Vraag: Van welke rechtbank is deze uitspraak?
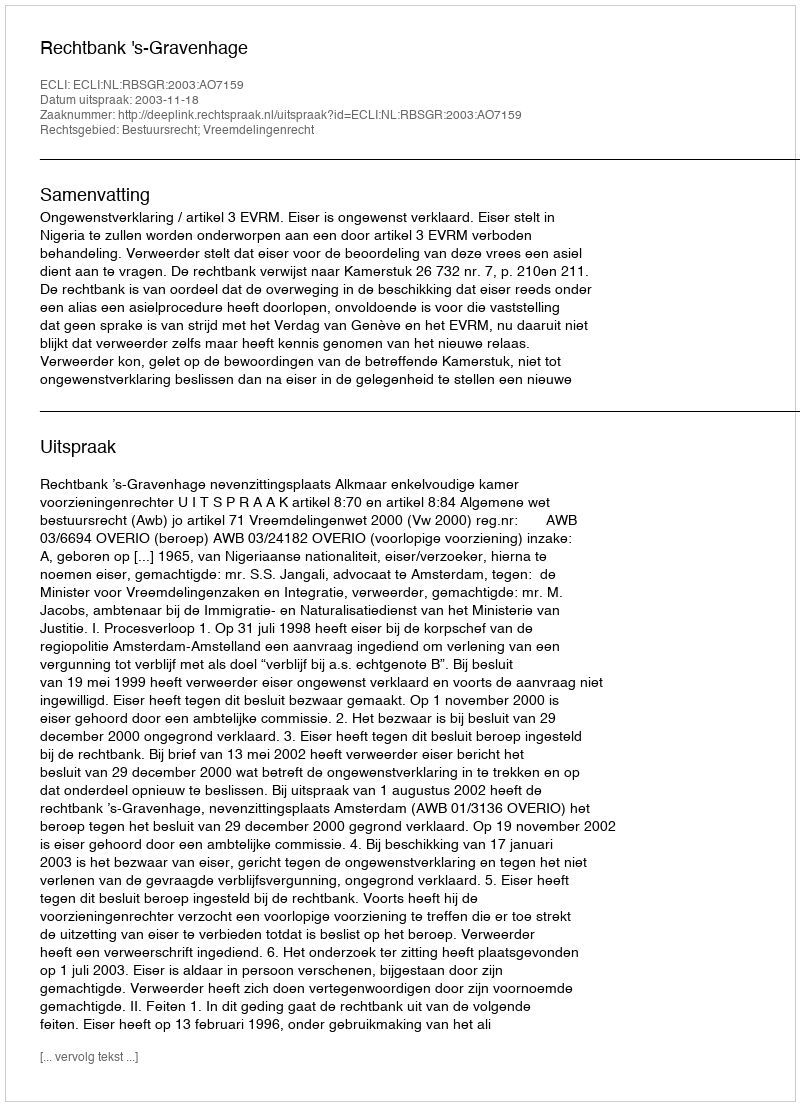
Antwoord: Rechtbank 's-Gravenhage